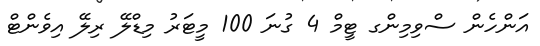
އަންހެން ސްވިމިންގ ޓީމް 4 ގުނަ 100 މީޓަރު މިޑްލޭ ރިލޭ އިވެންޓް